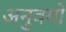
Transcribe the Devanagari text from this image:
अनुवर्गों